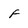
Character: f